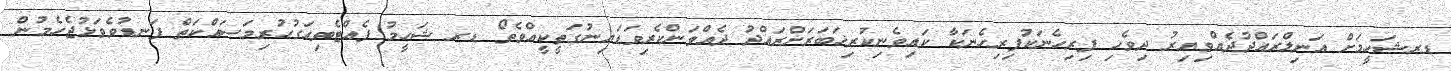
ޑރޝަހީމަށް އަނިލްރައްދުދެއްވިއިރު ދިވެހި ފިރިހެނަކުފިރިހެނަކާ ކައިވެނިކުރިޚަބަރަށްރައްދު ދެއްވަންކެރިވަޑައިނުގަތީކީއްވެތޯ ޑރ ޝަހީމު ފެއްޓެވިއަގުހުރިމަސައްކަތް ފަނޑުވެވަޅުޖެހެމުން